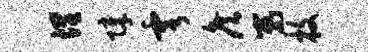
埋障雩侯嵬枚